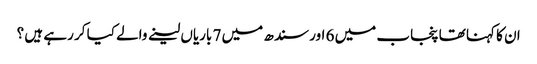
ان کا کہنا تھا پنجاب میں 6 اور سندھ میں 7 باریاں لینے والے کیا کر رہے ہیں ؟